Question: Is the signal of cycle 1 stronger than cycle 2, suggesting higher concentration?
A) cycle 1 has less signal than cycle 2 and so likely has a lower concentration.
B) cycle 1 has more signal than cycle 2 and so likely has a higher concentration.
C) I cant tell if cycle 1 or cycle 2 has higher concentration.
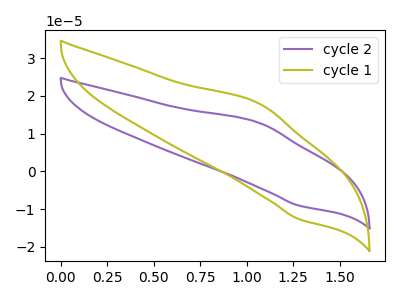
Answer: <think>The purple curve "cycle 2" has an anodic peak at (1.05V, 12.90uA) and a cathodic peak at (1.30V, -9.00uA). The olive curve "cycle 1" has an anodic peak at (1.05V, 18.05uA) and a cathodic peak at (1.30V, -12.60uA).
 All the peaks in "cycle 1" have a peak in "cycle 2" at the same potential. Every peak in "cycle 1" is higher than every peak in "cycle 2".</think>
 <answer>B) "cycle 1" has more signal than "cycle 2" and so likely has a higher concentration.</answer>
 <eval>B</eval>